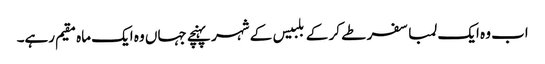
اب وہ ایک لمبا سفر طے کر کے بلبیس کے شہر پہنچے جہاں وہ ایک ماہ مقیم رہے۔